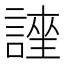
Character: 𮘯